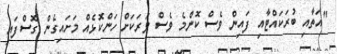
"އަތާއި ބުރަކައްޓާއި ފައިން ވެސް ކޮންމެ ވެސް ވަރަކަށް ހަންކޮޅެއް މަށައިގެން ގޮސްފައި